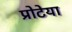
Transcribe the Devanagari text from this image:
प्रोटेया